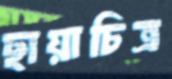
ছায়াচিত্র